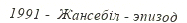
1991 -  Жансебіл - эпизод